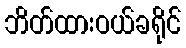
ဘိတ်ထားဝယ်ခရိုင်